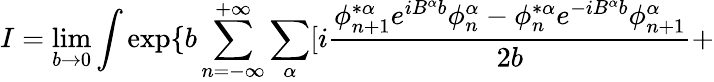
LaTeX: I=\operatorname*{lim}_{b\rightarrow 0}\int\exp\{ b\sum_{n=-\infty}^{+\infty}\sum_{\alpha}[i\frac{\phi_{n+1}^{*\alpha}e^{iB^{\alpha}b}\phi_{n}^{\alpha}-\phi_{n}^{*\alpha}e^{-iB^{\alpha}b}\phi_{n+1}^{\alpha}}{2b}+